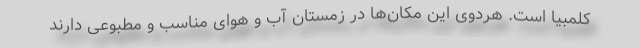
کلمبیا است. هردوی این مکان‌ها در زمستان آب و هوای مناسب و مطبوعی دارند